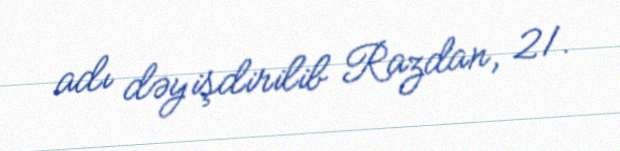
adı dəyişdirilib Razdan, 21.